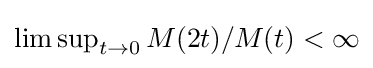
{\textstyle \limsup _{t\to 0}M(2t)/M(t)<\infty }